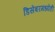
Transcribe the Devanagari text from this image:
डिसेंबरमध्येही